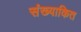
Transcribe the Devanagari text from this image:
संख्याकित